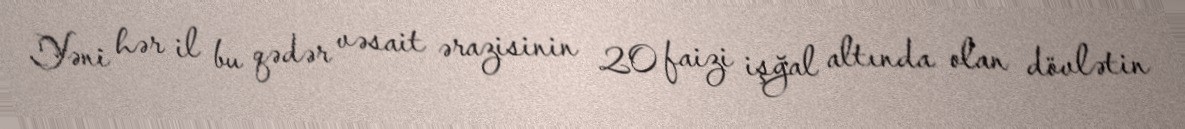
Yəni hər il bu qədər vəsait ərazisinin 20 faizi işğal altında olan dövlətin